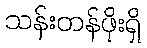
သန်းတန်ဖိုးရှိ